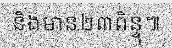
និងមាន២៣ពិន្ទុ៕